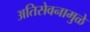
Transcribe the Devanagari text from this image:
अतिसेवनामुळे